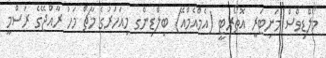
މޯލްޑިވްސް މަނިޓަރީ އޮތޯރިޓީ (އެމްއެމްއޭ) ބިލްޑިންގ މިއަހަރުގެ މާޗް މަހު ރާއްޖޭގެ ރަސްމީ